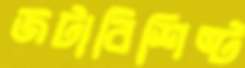
জটাবিশিষ্ট